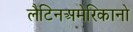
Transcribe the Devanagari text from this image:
लैटिनअमेरिकानो